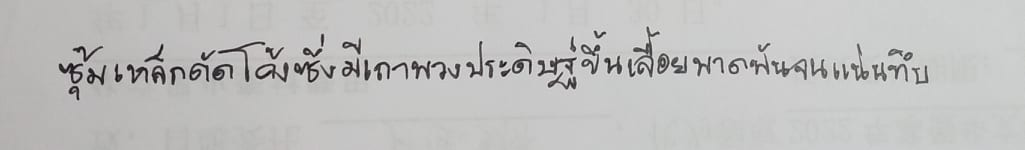
ซุ้มเหล็กดัดโค้งซึ่งมีเถาพวงประดิษฐ์ขึ้นเลื้อยพาดพันจนแน่นทึบ